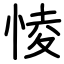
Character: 㥄